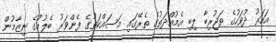
އަހަރު ދުވަހުގެ ތަޖުރިބާ ލިބި އެމުއްދަތުގެ ތެރޭގައި މަސައްކަތުގެ ފެންވަރު ބެލުމުގެ ނިޒާމުން